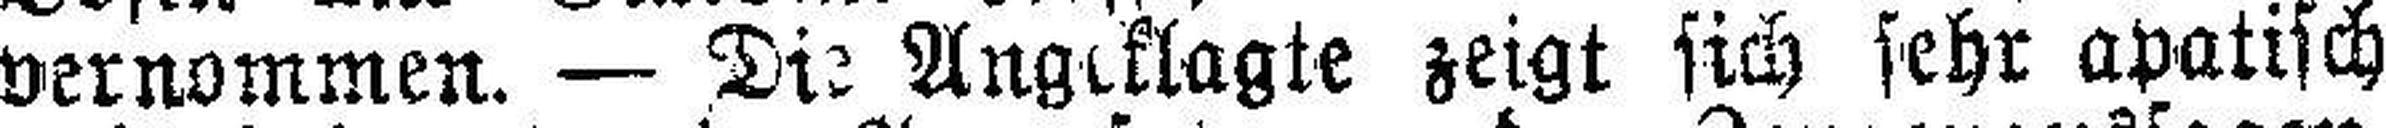
vernommen. — Die Angeklagte zeigt sich sehr apatisch